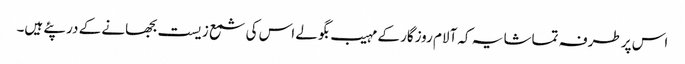
اس پر طرفہ تماشا یہ کہ آلام روزگار کے مہیب بگولے اس کی شمع زیست بجھانے کے در پئے ہیں۔